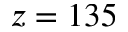
z = 1 3 5